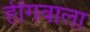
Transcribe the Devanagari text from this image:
हींगवाला